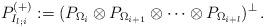
LaTeX: \begin{align*}P^{(+)}_{I_{l;i}}:= (P_{\Omega_{i}}\otimes P_{\Omega_{i+1}}\otimes \dots \otimes P_{\Omega_{i+l}})^{\perp}\,.\end{align*}